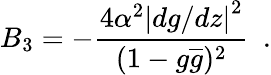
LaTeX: B_{3}=-\frac{4\alpha^{2}\left|dg/dz\right|^{2}}{(1-g\overline{{{g}}})^{2}}~~.